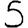
Digit: 5